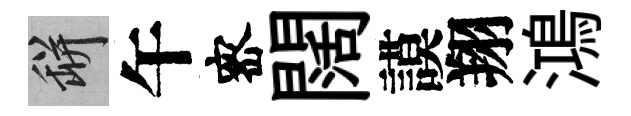
瓶午宻闊謨翔鴻